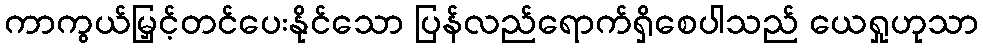
ကာကွယ်မြှင့်တင်ပေးနိုင်သော ပြန်လည်ရောက်ရှိစေပါသည် ယေရှုဟုသာ